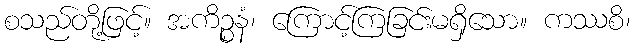
စသည်တို့ဖြင့်။ အကိဉ္စနံ၊ ကြောင့်ကြခြင်းမရှိသော။ ကဿစိ၊